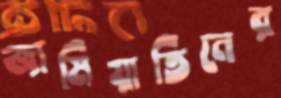
জামিয়াতিনের